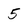
Character: 5